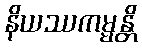
နိယဿကမ္မန္တိ